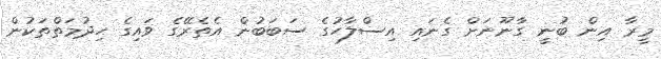
މީރާ އިން ބުނީ ގާނޫނަށް ގެނައި އިސްލާހުގެ ސަބަބުން އެތެރޭގެ ވައިގެ ހިދުމަތްތަކުން